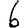
Digit: 6